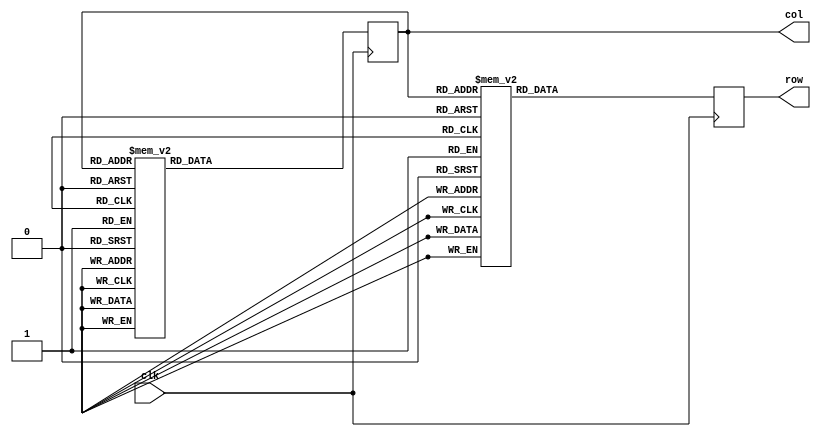
module led(clk,row,col);           
input clk;                    
output [15:0] row;               
output [3:0] col;                 
reg [3:0] col;
reg [15:0] row;
always @(posedge clk)
	begin
	case(col)                                       
	4'b0000:row<=16'b0000000000000000;
	4'b0001:row<=16'b0000000000000000;
	4'b0010:row<=16'b0000000000000000;
	4'b0011:row<=16'b0000000000000000;
	4'b0100:row<=16'b0000000000000000;
	4'b0101:row<=16'b0000000000000000;
	4'b0110:row<=16'b0000000000000000;
	4'b0111:row<=16'b0000000000000000;
	4'b1000:row<=16'b0000000000000000;
	4'b1001:row<=16'b0000000000000000;
	4'b1010:row<=16'b0000000000000000;
	4'b1011:row<=16'b0000000000000000;
	4'b1100:row<=16'b0000000000000000;
	4'b1101:row<=16'b0000000000000000;
	4'b1110:row<=16'b0000000000000000;
	4'b1111:row<=16'b0000000000000000;
	endcase
	end
	
	always@(posedge clk)
	begin
	case(col)                                              
	4'b0000:col<=4'b0001;
	4'b0001:col<=4'b0010;
	4'b0010:col<=4'b0011;
	4'b0011:col<=4'b0100;
	4'b0100:col<=4'b0101;
	4'b0101:col<=4'b0110;
	4'b0110:col<=4'b0111;
	4'b0111:col<=4'b1000;
	4'b1000:col<=4'b1001;
	4'b1001:col<=4'b1010;
	4'b1010:col<=4'b1011;
	4'b1011:col<=4'b1100;
	4'b1100:col<=4'b1101;
	4'b1101:col<=4'b1110;
	4'b1110:col<=4'b1111;
	4'b1111:col<=4'b0000;
	default:col<=4'b0000;
	endcase
	end
	
	endmodule